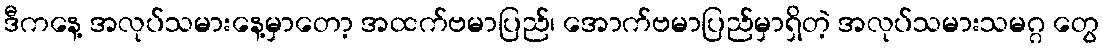
ဒီကနေ့ အလုပ်သမားနေ့မှာတော့ အထက်ဗမာပြည်၊ အောက်ဗမာပြည်မှာရှိတဲ့ အလုပ်သမားသမဂ္ဂ တွေ